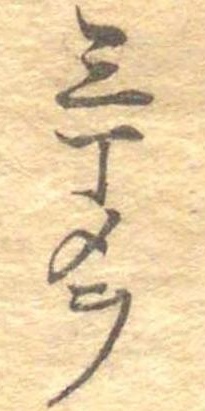
三丁メヲ